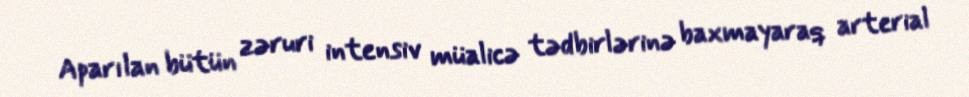
Aparılan bütün zəruri intensiv müalicə tədbirlərinə baxmayaraq arterial